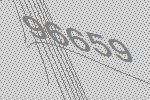
96659